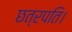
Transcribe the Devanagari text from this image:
छत्रपति।